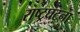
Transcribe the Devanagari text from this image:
राष्ट्रघटना